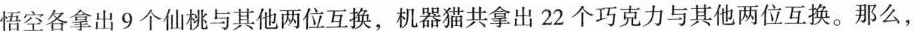
悟空各拿出9 个仙桃与其他两位互换，机器猫共拿出22个巧克力与其他两位互换。那么，